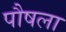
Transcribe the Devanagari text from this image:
पौषला